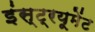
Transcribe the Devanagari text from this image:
इंस्ट्रयूमेंट